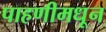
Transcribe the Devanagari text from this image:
पाहणीमधून